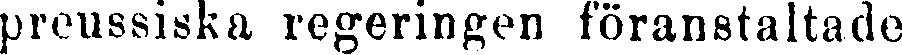
preussiska regeringen föranstaltade